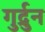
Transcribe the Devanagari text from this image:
गुर्द्रुन